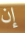
إن